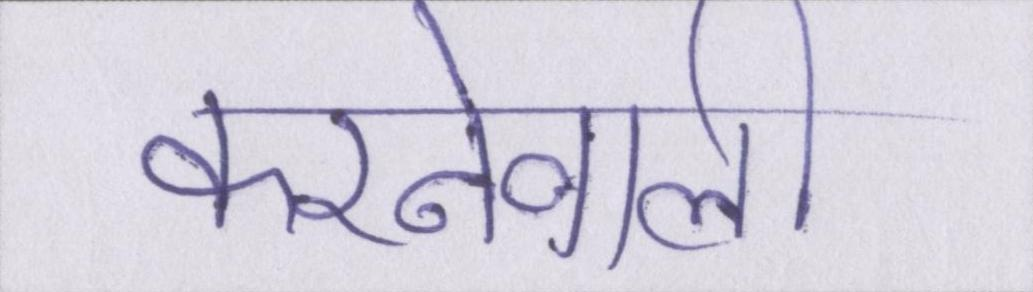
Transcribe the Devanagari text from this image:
करनेवाली